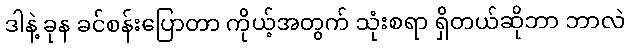
ဒါနဲ့ ခုန ခင်စန်းပြောတာ ကိုယ့်အတွက် သုံးစရာ ရှိတယ်ဆိုဘာ ဘာလဲ